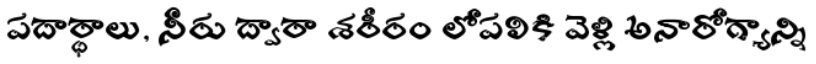
పదార్థాలు, నీరు ద్వారా శరీరం లోపలికి వెళ్లి అనారోగ్యాన్ని